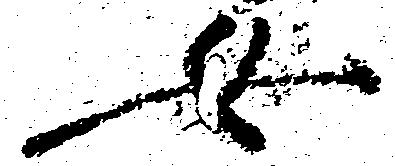
女